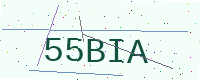
Text: 55BIA